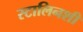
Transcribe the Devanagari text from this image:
स्टालिनशी